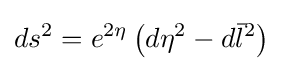
ds^{2}=e^{2\eta }\left(d\eta ^{2}-d{\bar {l}}^{2}\right)